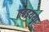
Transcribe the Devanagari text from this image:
तबइयया